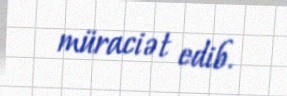
müraciət edib.